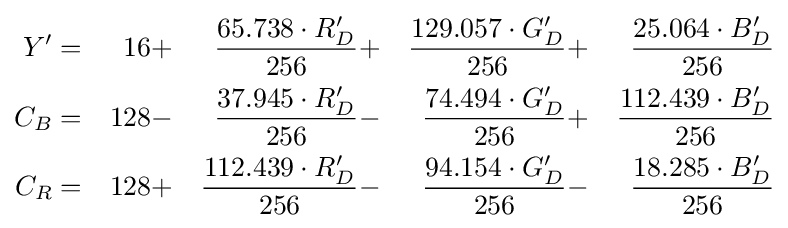
{\begin{aligned}Y'&=&16&+&{\frac {65.738\cdot R'_{D}}{256}}&+&{\frac {129.057\cdot G'_{D}}{256}}&+&{\frac {25.064\cdot B'_{D}}{256}}\\C_{B}&=&128&-&{\frac {37.945\cdot R'_{D}}{256}}&-&{\frac {74.494\cdot G'_{D}}{256}}&+&{\frac {112.439\cdot B'_{D}}{256}}\\C_{R}&=&128&+&{\frac {112.439\cdot R'_{D}}{256}}&-&{\frac {94.154\cdot G'_{D}}{256}}&-&{\frac {18.285\cdot B'_{D}}{256}}\end{aligned}}